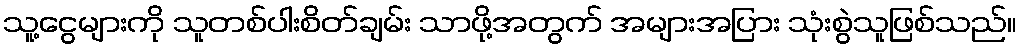
သူ့ငွေများကို သူတစ်ပါးစိတ်ချမ်း သာဖို့အတွက် အများအပြား သုံးစွဲသူဖြစ်သည်။